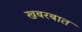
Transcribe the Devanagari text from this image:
खबरबात